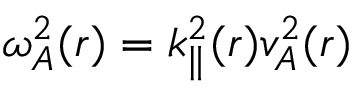
\begin{array} { r } { \omega _ { A } ^ { 2 } ( r ) = k _ { \parallel } ^ { 2 } ( r ) v _ { A } ^ { 2 } ( r ) } \end{array}